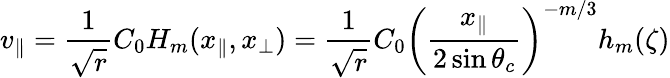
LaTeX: v_{\parallel}=\frac{1}{\sqrt{r}}C_{0}H_{m}(x_{\parallel},x_{\perp})=\frac{1}{\sqrt{r}}C_{0}\left(\frac{x_{\parallel}}{2\sin\theta_{c}}\right)^{-m/3}h_{m}(\zeta)